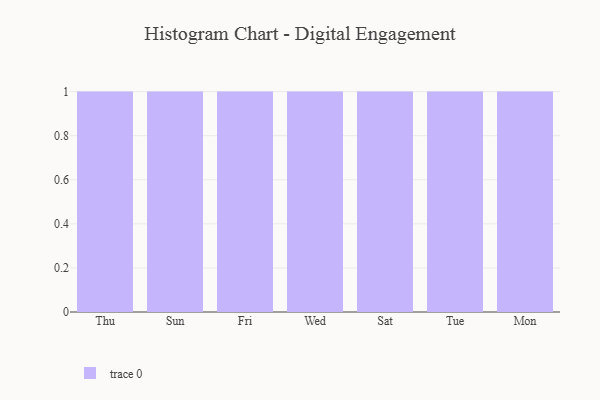
{"axis": {"x": "Day", "y": "Tickets Resolved"}, "legend": [""], "data": [{"x": "Thu", "y": 44, "type": ""}, {"x": "Sun", "y": 34, "type": ""}, {"x": "Fri", "y": 12, "type": ""}, {"x": "Wed", "y": 43, "type": ""}, {"x": "Sat", "y": 23, "type": ""}, {"x": "Tue", "y": 3, "type": ""}, {"x": "Mon", "y": 55, "type": ""}]}